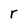
Character: r